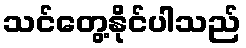
သင်တွေ့နိုင်ပါသည်